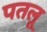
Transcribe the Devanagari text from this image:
पतलू